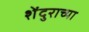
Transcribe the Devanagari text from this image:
शेंदुराच्या